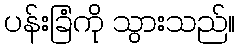
ပန်းခြံကို သွားသည်။